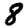
Digit: 8